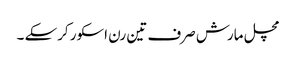
مچل مارش صرف تین رن اسکور کرسکے ۔